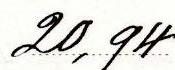
20,94